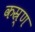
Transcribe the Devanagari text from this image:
कस्र्ण